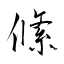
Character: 絛